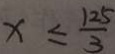
x \leq \frac { 1 2 5 } { 3 }